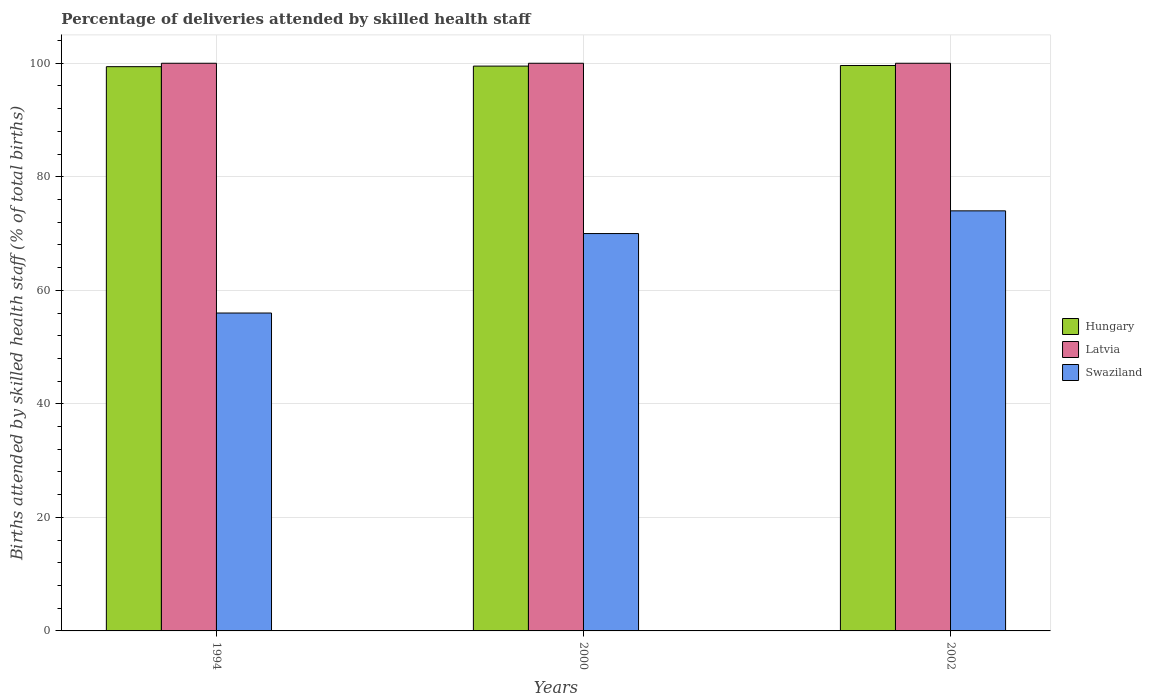
| Years | Hungary | Latvia | Swaziland |
 | --- | --- | --- | --- |
 | 1994 | 99.4 | 100 | 56 |
 | 2000 | 99.5 | 100 | 70 |
 | 2002 | 99.6 | 100 | 74 |